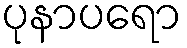
ပုနာပရော